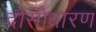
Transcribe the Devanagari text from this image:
दोसोधारण